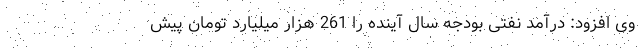
وی افزود: درآمد نفتی بودجه سال آینده را 261 هزار میلیارد تومان پیش